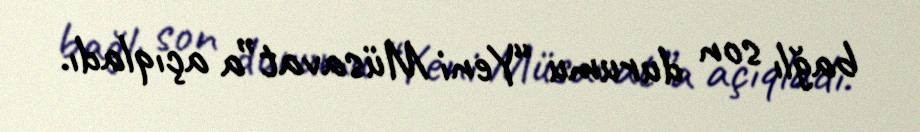
bağlı son durumu “Yeni Müsavat”a açıqladı.